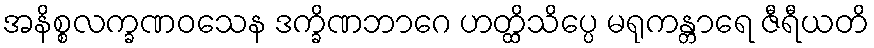
အနိစ္စလက္ခဏဝသေန ဒက္ခိဏဘာဂေ ဟတ္ထိသိပ္ပေ မရုကန္တာရေ ဇီရီယတိ